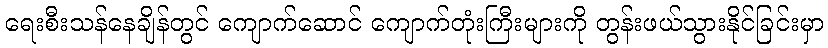
ရေးစီးသန်နေချိန်တွင် ကျောက်ဆောင် ကျောက်တုံးကြီးများကို တွန်းဖယ်သွားနိုင်ခြင်းမှာ